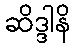
ဆိဒ္ဒါနိ